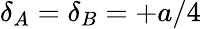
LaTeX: \delta_{A}=\delta_{B}=+a/4